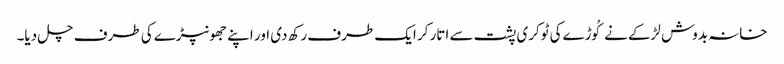
خانہ بدوش لڑکے نے کُوڑےکی ٹوکری پشت سے اتار کر ایک طرف رکھ دی اور اپنے جھونپڑے کی طرف چل دیا۔